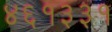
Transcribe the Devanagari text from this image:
४६१३३१